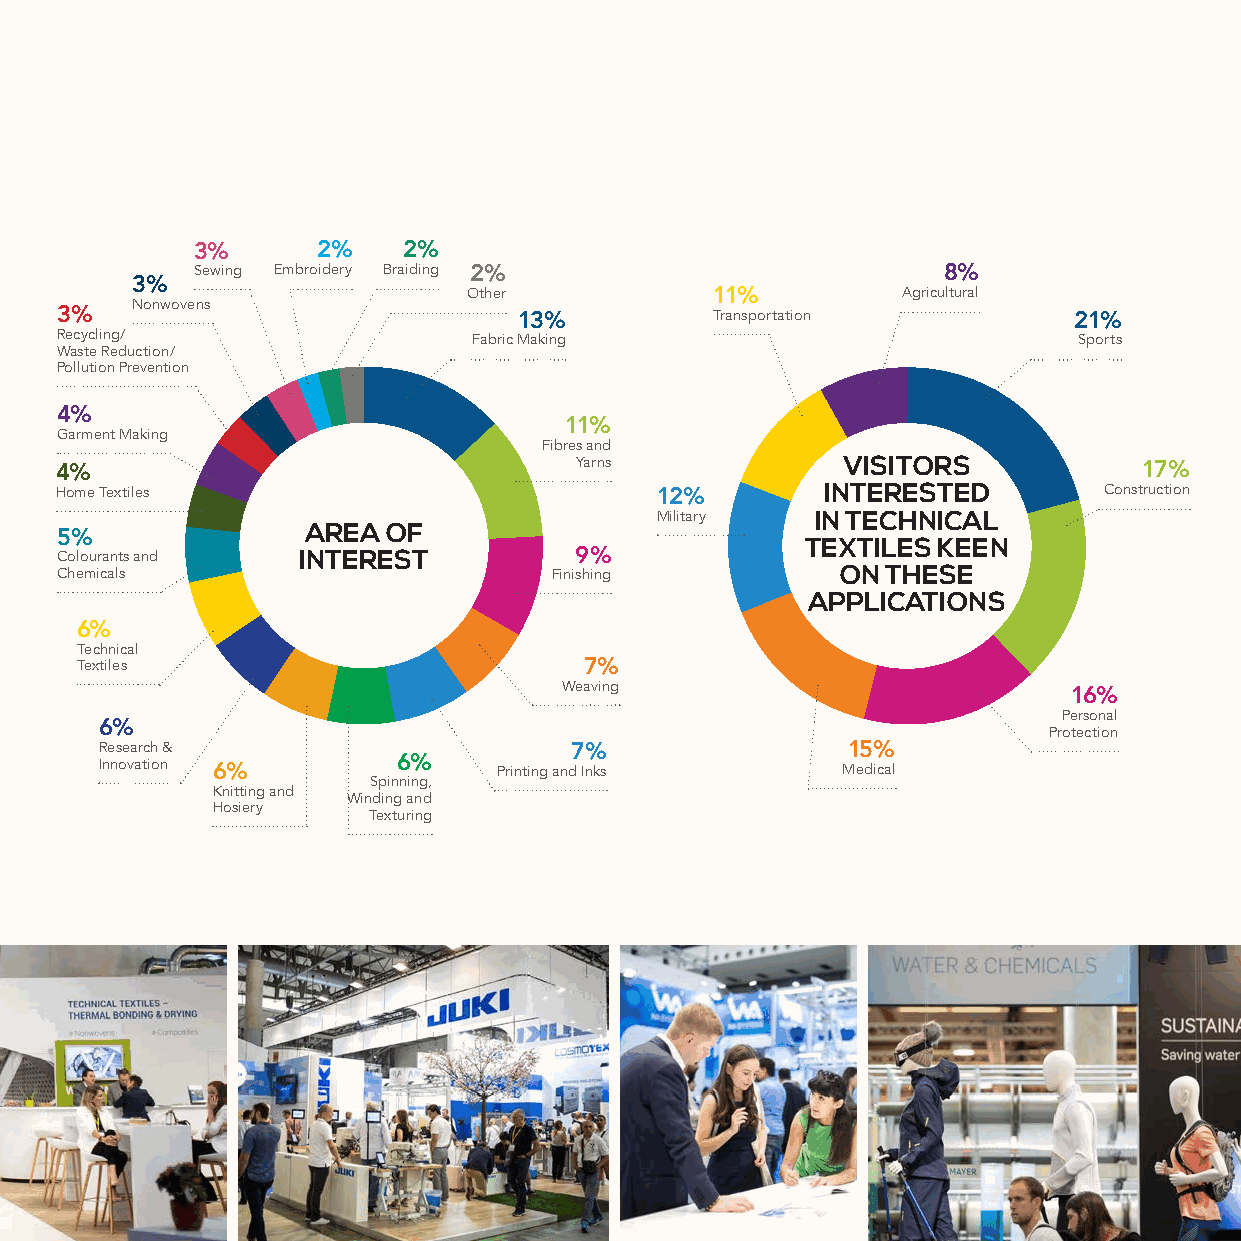
3%      2%    2%
 Sewing Embroidery Braiding 2%                    8%
 3%
 Other           11%          Agricultural
 Nonwovens
 3%                            13%          Transportation          21%
 Recycling/                 Fabric Making                           Sports
 Waste Reduction/
 Pollution Prevention
 4%
 11%
 Garment Making
 Fibres and
 Yarns             VISITORS
 4%                                                                      17%
 Home Textiles                          12%         INTERESTED        Construction
 Military   IN TECHNICAL
 AREA  OF
 5%
 TEXTILES KEEN
 Colourants and  INTEREST          9%
 Chemicals                        Finishing          ON THESE
 APPLICATIONS
 6%
 Technical
 Textiles                          7%
 Weaving
 16%
 Personal
 6%                                                            Protection
 Research &                     7%                15%
 Innovation 6%      6%     Printing and Inks      Medical
 Spinning,
 Knitting and
 Winding and
 Hosiery
 Texturing
 9